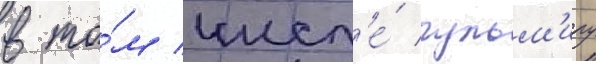
в то́м числ'е́ гульм'иру